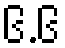
၆.၆